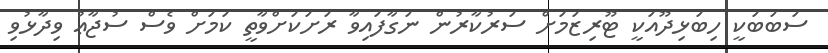
ސަބަބަކީ ހިބަޅިދޫއަކީ ޓޫރިޒަމަށް ސަރުކާރުން ނަގާފައިވާ ރަށަކަށްވާތީ ކަމަށް ވެސް ސުޖާޢު ވިދާޅުވި